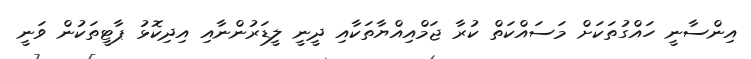
އިންސާނީ ހައްގުތަކަށް މަސައްކަތް ކުރާ ޖަމްއިއްޔާތަކާއި ދީނީ ލީޑަރުންނާއި އިދިކޮޅު ޕާޓީތަކުން ވަނީ